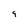
Character: 9